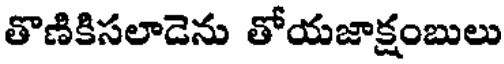
తొణికిసలాడెను తోయజాక్షంబులు